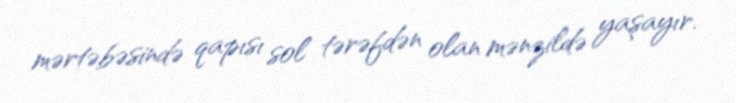
mərtəbəsində qapısı sol tərəfdən olan mənzildə yaşayır.